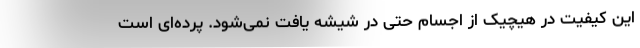
این کیفیت در هیچیک از اجسام حتی در شیشه یافت نمی‌شود. پرده‌ای است